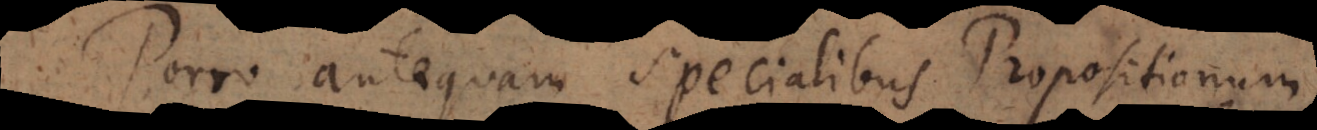
Porro antequam specialibus Propositionum